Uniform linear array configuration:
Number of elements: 8
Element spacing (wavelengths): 0.5
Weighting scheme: blackman
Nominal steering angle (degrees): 30
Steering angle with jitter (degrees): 30.636
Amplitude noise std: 0.05
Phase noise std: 0.05

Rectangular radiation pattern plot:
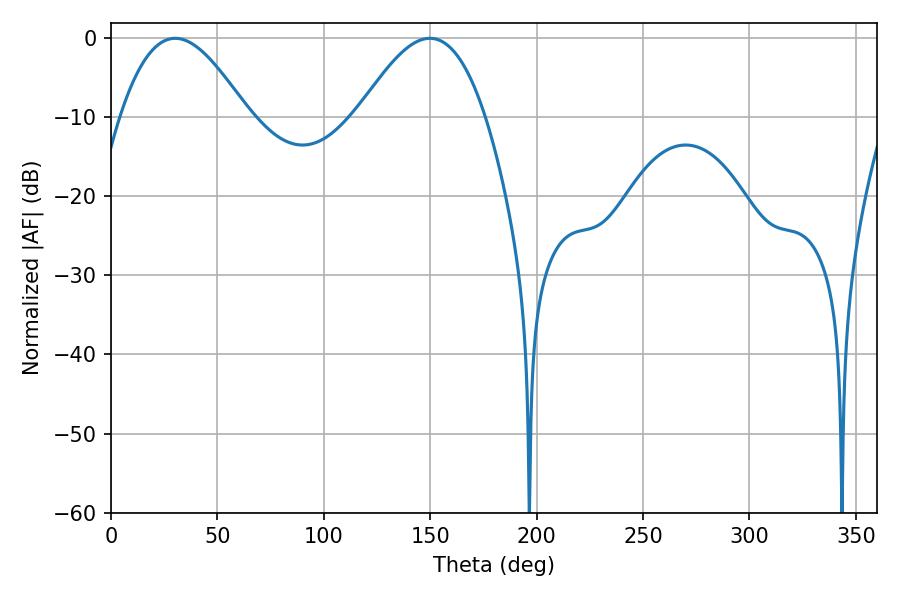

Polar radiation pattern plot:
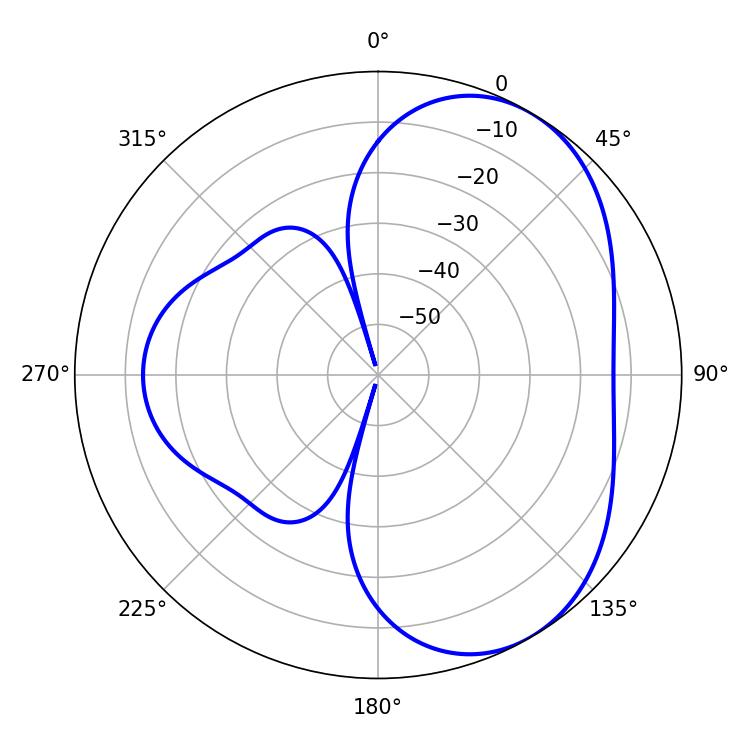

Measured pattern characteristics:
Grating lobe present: FALSE
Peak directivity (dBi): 4.871
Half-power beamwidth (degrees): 32.4
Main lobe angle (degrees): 30.24